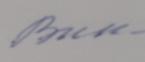
Signature authenticity: forged